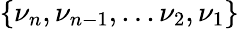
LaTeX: \{ \nu_{n},\nu_{n-1},...\nu_{2},\nu_{1}\}